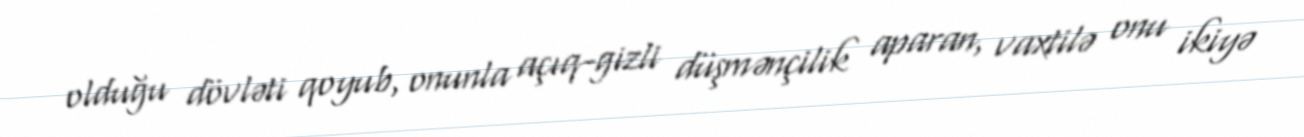
olduğu dövləti qoyub, onunla açıq-gizli düşmənçilik aparan, vaxtilə onu ikiyə